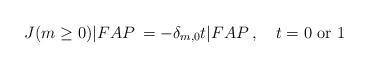
LaTeX: \begin{align*}J(m \ge 0)|FAP\> = -\delta_{m,0}t|FAP\>,\quad t = 0 \mbox{ or } 1\end{align*}